Problem: 4 × 4 = ?
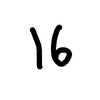
Handwritten answer: 16